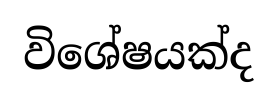
විශේෂයක්ද